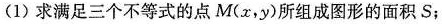
(1)求满足三个不等式的点M（x,y）所组成图形的面积S;